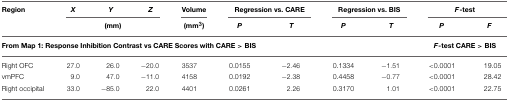
<table><thead><tr><td><b>Region</b></td><td><b><i>X</i></b></td><td><b><i>Y</i></b></td><td><b><i>Z</i></b></td><td><b>Volume</b></td><td colspan="2"><b>Regression vs. CARE</b></td><td colspan="2"><b>Regression vs. BIS</b></td><td colspan="2"><b><i>F</i>-test</b></td></tr><tr><td></td><td colspan="3"><b>(mm)</b></td><td><b>(mm<sup>3</sup>)</b></td><td><b><i>P</i></b></td><td><b><i>T</i></b></td><td><b><i>P</i></b></td><td><b><i>T</i></b></td><td><b><i>P</i></b></td><td><b><i>F</i></b></td></tr></thead><tbody><tr><td colspan="9"><b>From Map 1: Response Inhibition Contrast vs CARE Scores with CARE &gt; BIS</b></td><td colspan="2"><b><i>F</i>-test CARE &gt; BIS</b></td></tr><tr><td>Right OFC</td><td>27.0</td><td>26.0</td><td>−20.0</td><td>3537</td><td>0.0155</td><td>−2.46</td><td>0.1334</td><td>−1.51</td><td>&lt;0.0001</td><td>19.05</td></tr><tr><td>vmPFC</td><td>9.0</td><td>47.0</td><td>−11.0</td><td>4158</td><td>0.0192</td><td>−2.38</td><td>0.4458</td><td>−0.77</td><td>&lt;0.0001</td><td>28.42</td></tr><tr><td>Right occipital</td><td>33.0</td><td>−85.0</td><td>22.0</td><td>4401</td><td>0.0261</td><td>2.26</td><td>0.3170</td><td>1.01</td><td>&lt;0.0001</td><td>22.75</td></tr></tbody></table>